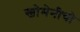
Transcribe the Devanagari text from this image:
खोमेनीची